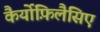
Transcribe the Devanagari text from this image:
कैर्योफ़िलैसिए